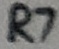
Text: R7